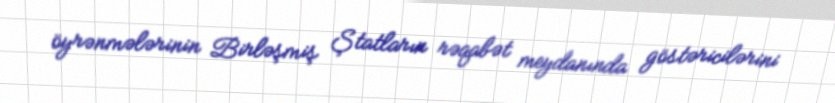
öyrənmələrinin Birləşmiş Ştatların rəqabət meydanında göstəricilərini